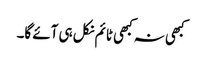
کبھی نہ کبھی ٹائم نکل ہی آئے گا۔